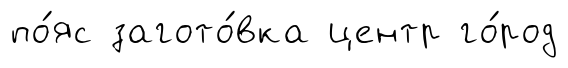
по́яс загото́вка центр го́род